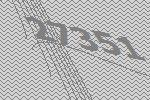
27351